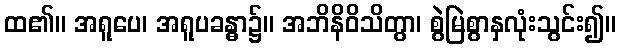
ထ၏။ အရူပေ၊ အရူပခန္ဓာ၌။ အဘိနိဝိသိတွာ၊ စွဲမြဲစွာနှလုံးသွင်း၍။